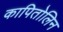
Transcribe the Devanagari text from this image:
कापितोलिन